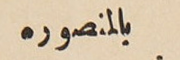
بالمنصوره